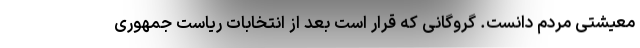
معیشتی مردم دانست. گروگانی که قرار است بعد از انتخابات ریاست جمهوری